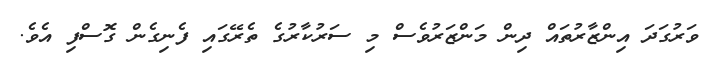
ވަރުގަދަ އިންޒާރުތައް ދިން މަންޒަރުވެސް މި ސަރުކާރުގެ ތެރޭގައި ފެނިގެން ގޮސްފި އެވެ.